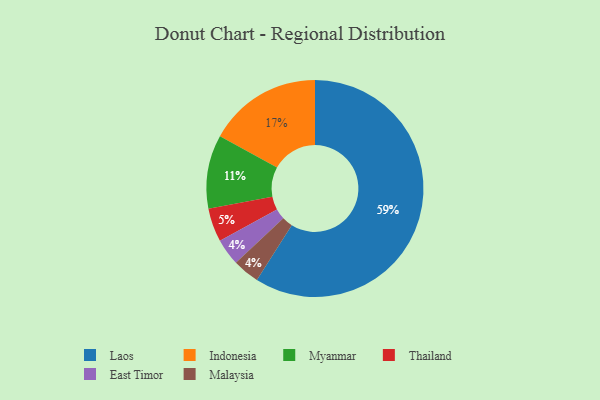
{"axis": {"x": "Category", "y": "Percentage"}, "legend": ["East Timor", "Indonesia", "Laos", "Malaysia", "Myanmar", "Thailand"], "data": [{"x": "East Timor", "y": 4, "type": "East Timor"}, {"x": "Malaysia", "y": 4, "type": "Malaysia"}, {"x": "Indonesia", "y": 17, "type": "Indonesia"}, {"x": "Myanmar", "y": 11, "type": "Myanmar"}, {"x": "Thailand", "y": 5, "type": "Thailand"}, {"x": "Laos", "y": 59, "type": "Laos"}]}